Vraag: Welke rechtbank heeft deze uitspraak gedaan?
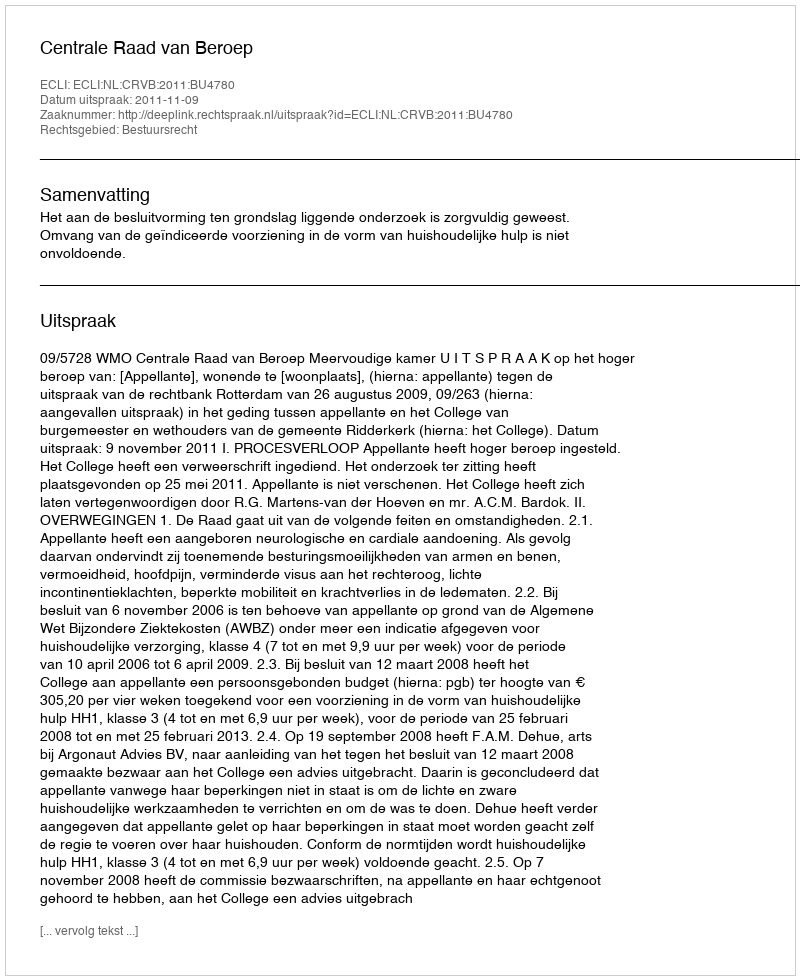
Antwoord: Centrale Raad van Beroep